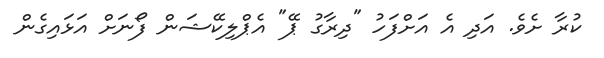
ކުރާ ށެވެ. އަދި އެ އަށްފަހު "ދިރާގު ޕޭ" އެޕްލިކޭޝަން ފޯނަށް އަޅައިގެން